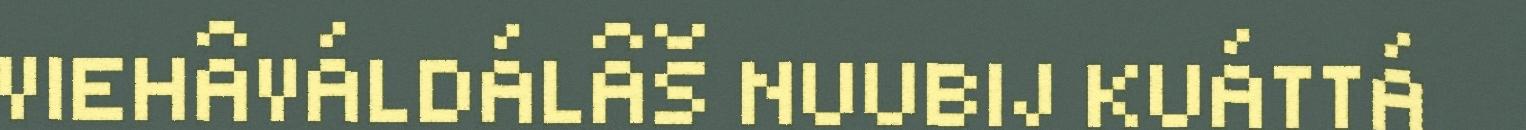
VIEHÂVÁLDÁLÂŠ NUUBIJ KUÁTTÁ